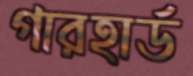
গারহার্ড